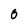
Character: 0